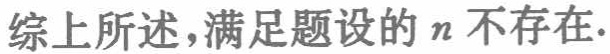
综上所述，满足题设的 \(n\) 不存在.